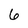
Character: 6